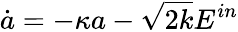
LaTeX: \dot{a}=-\kappa a-\sqrt{2k}E^{in}